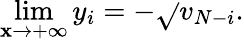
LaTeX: \operatorname*{lim}_{\mathbf{x}\rightarrow+\infty}y_{i}=-\sqrt{}{{v_{N-i}}}.